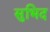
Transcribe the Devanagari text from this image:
सुभिद